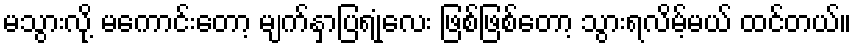
မသွားလို့ မကောင်းတော့ မျက်နှာပြရုံလေး ဖြစ်ဖြစ်တော့ သွားရလိမ့်မယ် ထင်တယ်။